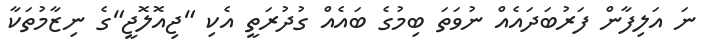
ނަ އަލިފާން ފަރުބަދައެއް ނުވަތަ ބިމުގެ ބައެއް ގުދުރަތީ އެކި "ޖިއޮލޮޖީ"ގެ ނިޒާމުތަކާ